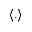
\langle . \rangle